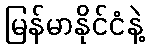
မြန်မာနိုင်ငံနဲ့